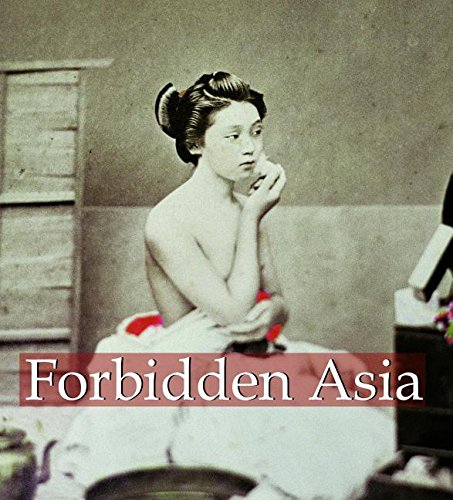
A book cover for Forbidden Asia (Mega Square); Hans-Jurgen Dopp; Arts & Photography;